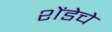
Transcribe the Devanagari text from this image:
शेंडेचे